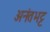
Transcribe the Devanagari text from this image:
अनंतभट्ट